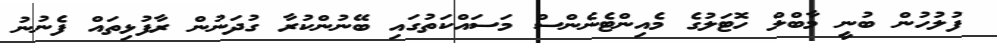
ފުލުހުން ބުނީ މާބްލް ހޮޓަލުގެ މެއިންޓެނެންސް މަސައްކަތުގައި ބޭނުންކުރާ ގުދަނުން ރާފުޅިތައް ފެނުނު